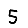
Digit: 5